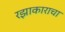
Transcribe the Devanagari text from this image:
रझाकाराचा